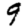
Digit: 9